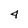
Character: 4